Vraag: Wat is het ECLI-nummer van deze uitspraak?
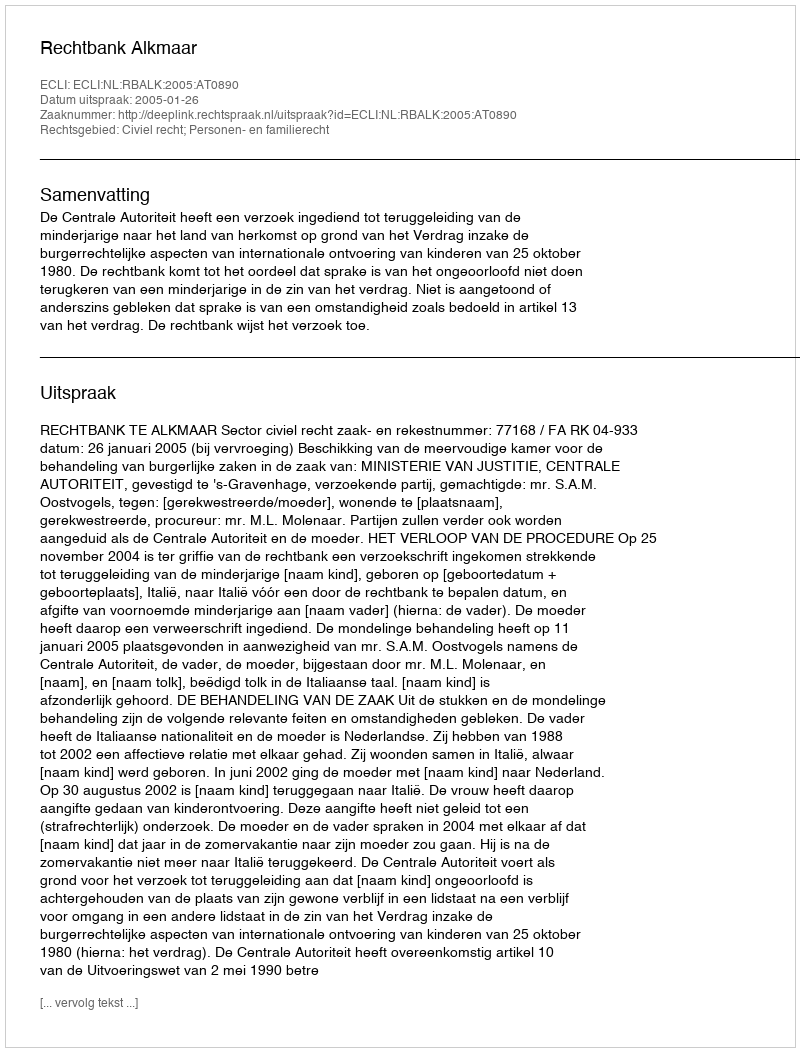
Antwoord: ECLI:NL:RBALK:2005:AT0890